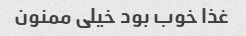
غذا خوب بود خیلی ممنون